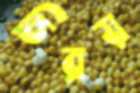
চিরয়